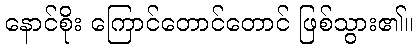
နောင်စိုး ကြောင်တောင်တောင် ဖြစ်သွား၏။